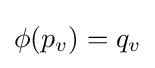
\phi (p_{v})=q_{v}